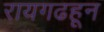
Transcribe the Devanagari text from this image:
रायगढहून